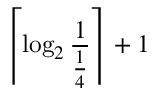
\left\lceil \log _ { 2 } { \frac { 1 } { \frac { 1 } { 4 } } } \right\rceil + 1